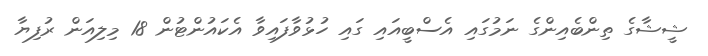
ޝީޝާގެ ތިންބެއިންގެ ނަމުގައި އެސްބީއައި ގައި ހުޅުވާފައިވާ އެކައުންޓުން 18 މިލިއަން ރުފިޔާ